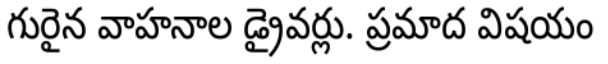
గురైన వాహనాల డ్రైవర్లు. ప్రమాద విషయం